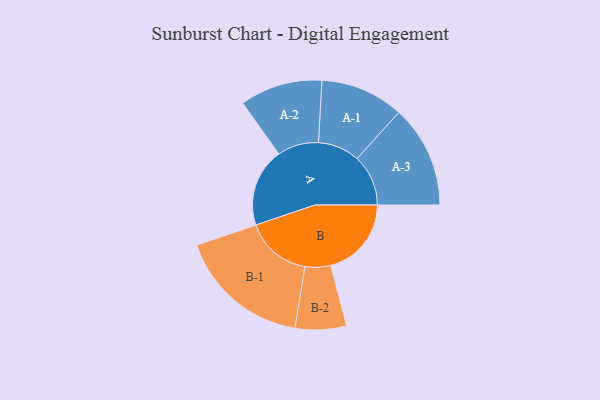
{"axis": {"x": "Segment", "y": "Value"}, "legend": ["", "A", "B"], "data": [{"x": "A", "y": 331, "type": ""}, {"x": "B", "y": 340, "type": ""}, {"x": "A-1", "y": 176, "type": "A"}, {"x": "A-2", "y": 174, "type": "A"}, {"x": "A-3", "y": 216, "type": "A"}, {"x": "B-1", "y": 280, "type": "B"}, {"x": "B-2", "y": 108, "type": "B"}]}